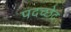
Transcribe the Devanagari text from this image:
पदच्‍छेद